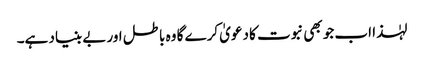
لہٰذا اب جو بھی نبوت کا دعویٰ کرے گا وہ باطل اور بے بنیاد ہے۔